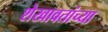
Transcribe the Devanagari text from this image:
शेखावतांच्या